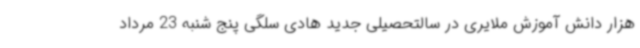
هزار دانش آموزش ملایری در سالتحصیلی جدید هادی سلگی پنج شنبه 23 مرداد